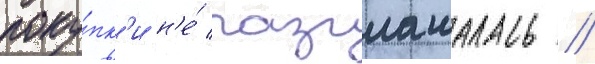
поку́пк'и н'е́ разглашалась //